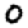
Digit: 0